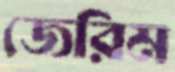
জেরিম